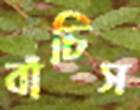
বাঁচিস